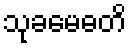
သုခမေဓတိ